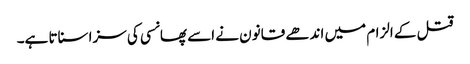
قتل کے الزام میں اندھے قانون نے اسے پھانسی کی سزا سناتا ہے۔